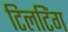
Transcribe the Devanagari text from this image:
टिलटिंग